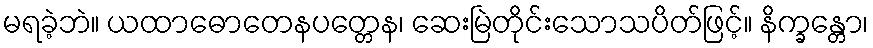
မရခဲ့ဘဲ။ ယထာဓောတေနပတ္တေန၊ ဆေးမြဲတိုင်းသောသပိတ်ဖြင့်။ နိက္ခန္တော၊